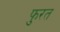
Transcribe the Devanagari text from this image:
फुरत